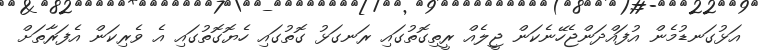
އަޅުގަނޑުމެން އުފައްދަންޖެހޭނެކަން ޖީލެއް ރީތިގޮތުގައި ރަނގަޅު ގޮތުގައި ހެޔޮގޮތުގައި އެ ވެރިކަން އެފަރާތަށް